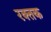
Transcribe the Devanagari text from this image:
रक्‍तक